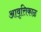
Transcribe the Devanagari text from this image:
आवृत्तिकाळ